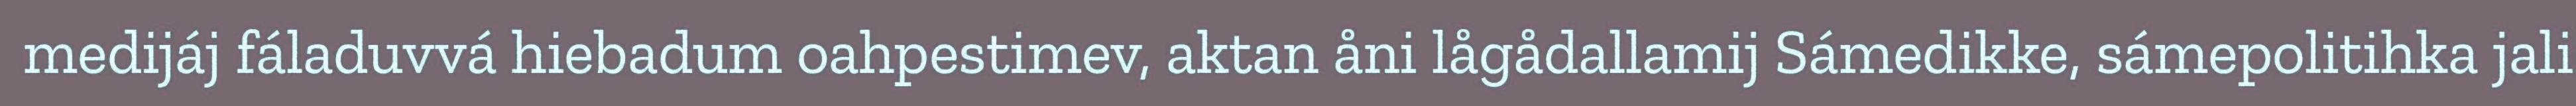
medijáj fáladuvvá hiebadum oahpestimev, aktan åni lågådallamij Sámedikke, sámepolitihka jali